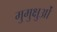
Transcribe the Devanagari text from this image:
मुमुक्षुओं